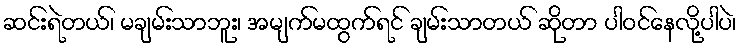
ဆင်းရဲတယ်၊ မချမ်းသာဘူး၊ အမျက်မထွက်ရင် ချမ်းသာတယ် ဆိုတာ ပါဝင်နေလို့ပါပဲ၊